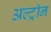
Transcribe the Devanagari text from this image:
अल्ट्राॅन